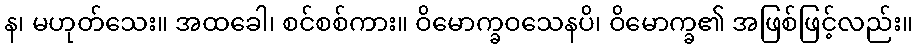
န၊ မဟုတ်သေး။ အထခေါ၊ စင်စစ်ကား။ ဝိမောက္ခဝသေနပိ၊ ဝိမောက္ခ၏ အဖြစ်ဖြင့်လည်း။